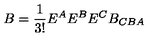
B = \frac { 1 } { 3 ! } E ^ { A } E ^ { B } E ^ { C } B _ { C B A }